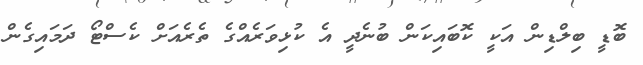
ބޮޑީ ބިލްޑިން އަކީ ކޮބައިކަން ބުނެދީ އެ ކުޅިވަރެއްގެ ތެރެއަށް ކެސްޓޯ ދަމައިގެން